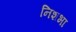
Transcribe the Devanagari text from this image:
निशभा